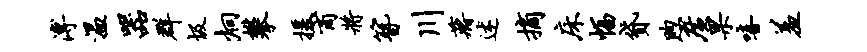
溥温器群圾炯攀援商将簪川蒋述摘床幅贷煦广果嘻羞